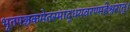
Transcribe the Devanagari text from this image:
भूतपञ्चकमेतस्माद्धयवरण्महेश्वरात्।